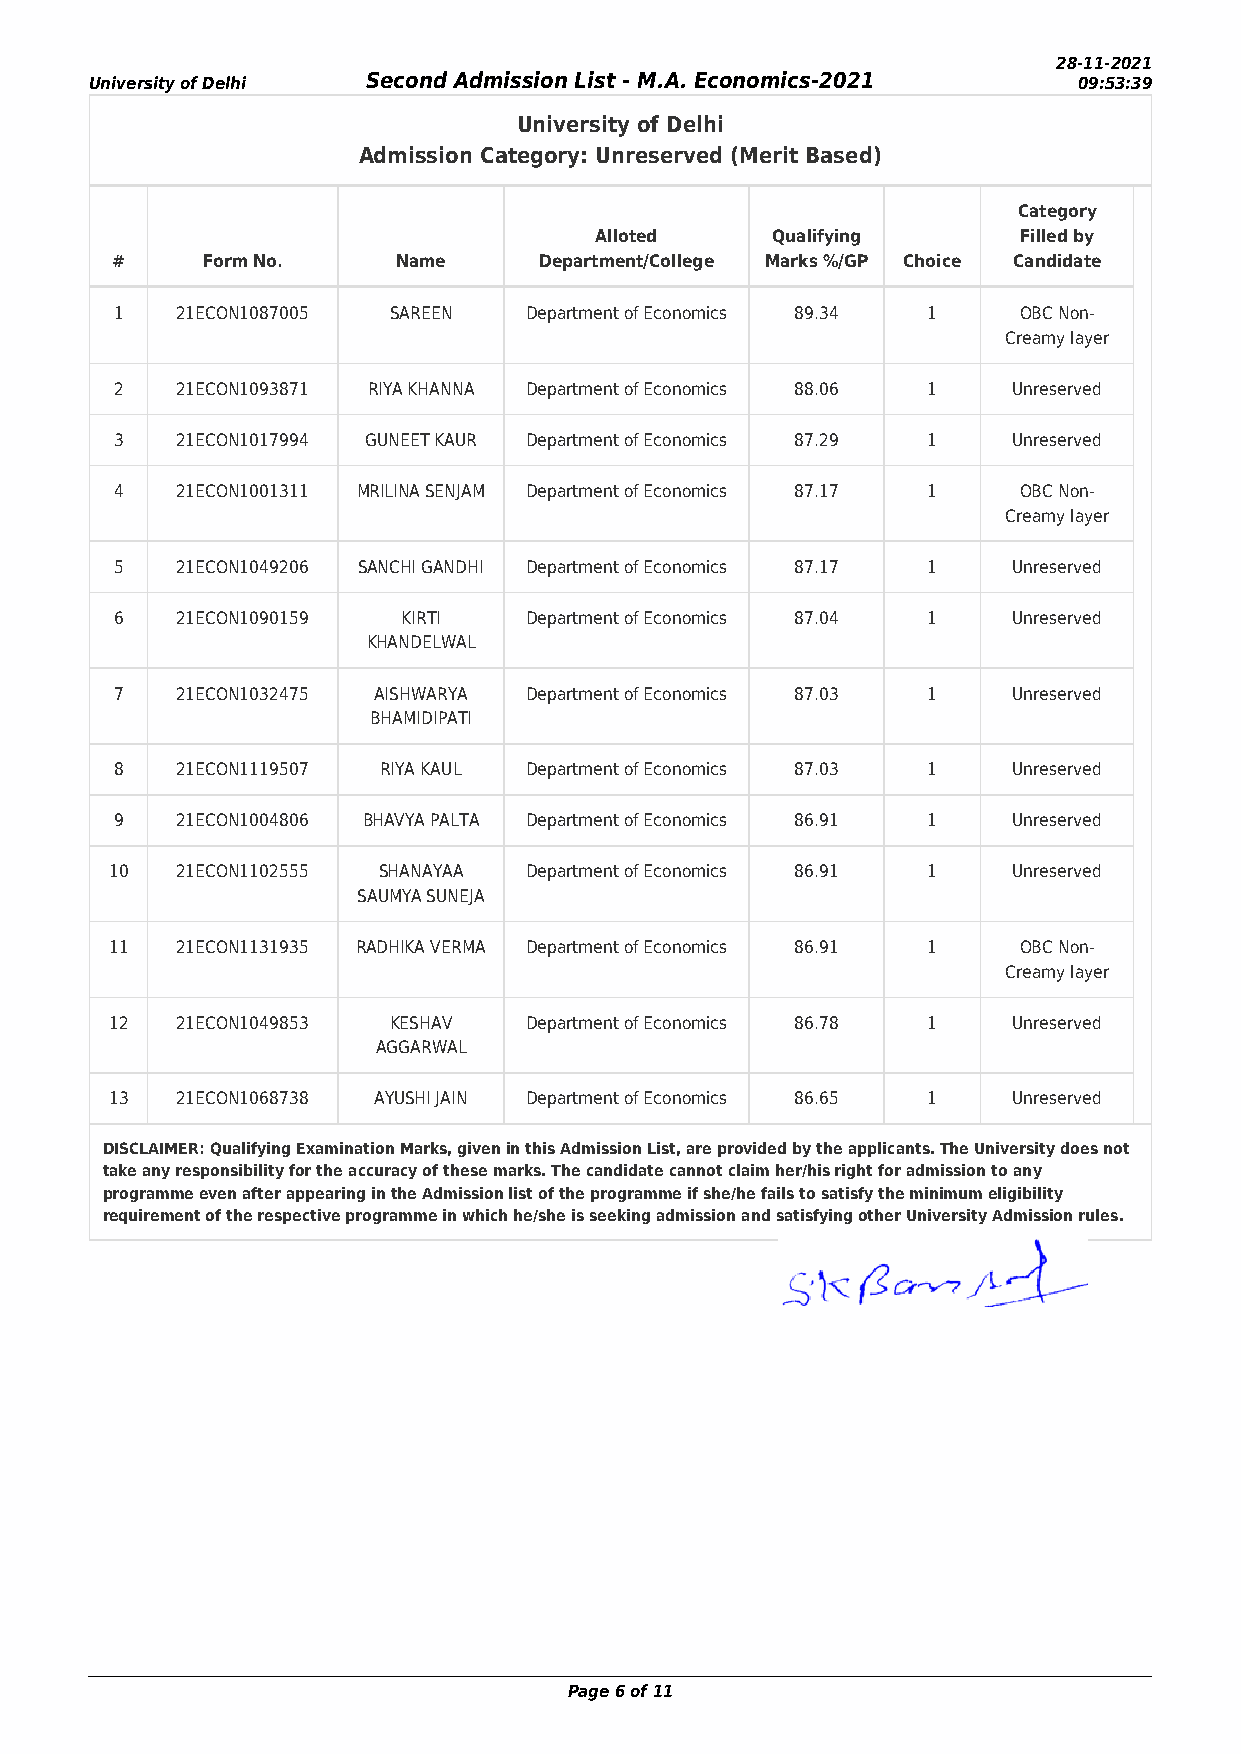
28-11-2021
 University of Delhi Second Admission List - M.A. Economics-2021  09:53:39
 University of Delhi
 Admission Category: Unreserved (Merit Based)
 Category
 Alloted     Qualifying      Filled by
 #     Form No.     Name      Department/College Marks %/GP Choice Candidate
 1   21ECON1087005 SAREEN   Department of Economics 89.34 1 OBC Non-
 Creamy layer
 2   21ECON1093871 RIYA KHANNA Department of Economics 88.06 1 Unreserved
 3   21ECON1017994 GUNEET KAUR Department of Economics 87.29 1 Unreserved
 4   21ECON1001311 MRILINA SENJAM Department of Economics 87.17 1 OBC Non-
 Creamy layer
 5   21ECON1049206 SANCHI GANDHI Department of Economics 87.17 1 Unreserved
 6   21ECON1090159  KIRTI   Department of Economics 87.04 1 Unreserved
 KHANDELWAL
 7   21ECON1032475 AISHWARYA Department of Economics 87.03 1 Unreserved
 BHAMIDIPATI
 8   21ECON1119507 RIYA KAUL Department of Economics 87.03 1 Unreserved
 9   21ECON1004806 BHAVYA PALTA Department of Economics 86.91 1 Unreserved
 10   21ECON1102555 SHANAYAA Department of Economics 86.91 1 Unreserved
 SAUMYA SUNEJA
 11   21ECON1131935 RADHIKA VERMA Department of Economics 86.91 1 OBC Non-
 Creamy layer
 12   21ECON1049853 KESHAV   Department of Economics 86.78 1 Unreserved
 AGGARWAL
 13   21ECON1068738 AYUSHI JAIN Department of Economics 86.65 1 Unreserved
 DISCLAIMER: Qualifying Examination Marks, given in this Admission List, are provided by the applicants. The University does not
 take any responsibility for the accuracy of these marks. The candidate cannot claim her/his right for admission to any
 programme even after appearing in the Admission list of the programme if she/he fails to satisfy the minimum eligibility
 requirement of the respective programme in which he/she is seeking admission and satisfying other University Admission rules.
 Page 6 of 11